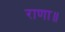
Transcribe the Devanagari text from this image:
राणा॥